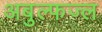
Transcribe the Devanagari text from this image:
अबुल्फज्ल